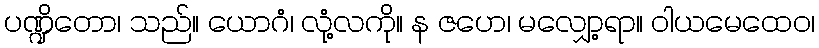
ပဏ္ဍိတော၊ သည်။ ယောဂံ၊ လုံ့လကို။ န ဇဟေ၊ မလျှော့ရာ။ ဝါယမေထေဝ၊